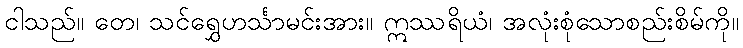
ငါသည်။ တေ၊ သင်ရွှေဟင်္သာမင်းအား။ ဣဿရိယံ၊ အလုံးစုံသောစည်းစိမ်ကို။